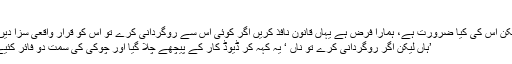
‘
’لیکن اس کی کیا ضرورت ہے، ہمارا فرض ہے یہاں قانون نافذ کریں اگر کوئی اس سے روگردانی کرے تو اس کو قرار واقعی سزا دیں ‘
’ہاں لیکن اگر روگردانی کرے تو ناں ‘ یہ کہہ کر ڈیوڈ کار کے پیچھے چلا گیا اور چوکی کی سمت دو فائر کئیے۔